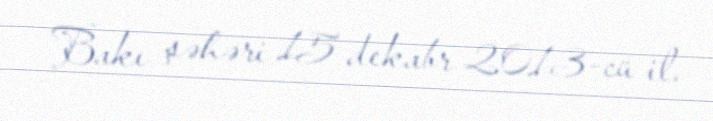
Bakı şəhəri 15 dekabr 2013-cü il.